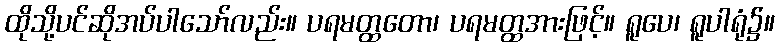
ထိုသို့ပင်ဆိုအပ်ပါသော်လည်း။ ပရမတ္ထတော၊ ပရမတ္ထအားဖြင့်။ ရူပေ၊ ရူပါရုံ၌။